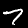
Label: 7